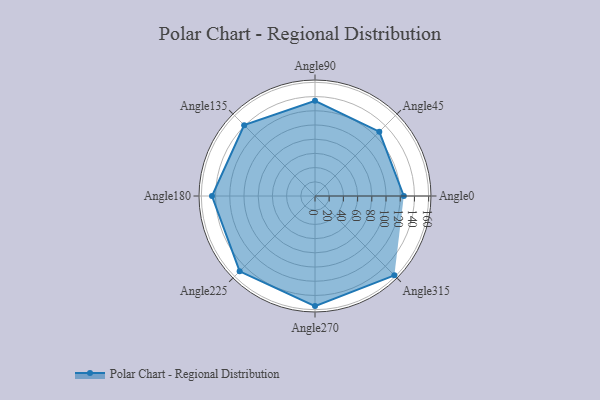
{"axis": {"x": "Angle", "y": "Radius"}, "legend": [""], "data": [{"x": "Angle0", "y": 125.0, "type": ""}, {"x": "Angle45", "y": 128.0, "type": ""}, {"x": "Angle90", "y": 134.0, "type": ""}, {"x": "Angle135", "y": 141.0, "type": ""}, {"x": "Angle180", "y": 145.0, "type": ""}, {"x": "Angle225", "y": 150.0, "type": ""}, {"x": "Angle270", "y": 155.0, "type": ""}, {"x": "Angle315", "y": 158.0, "type": ""}]}